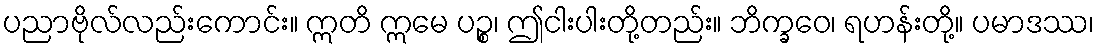
ပညာဗိုလ်လည်းကောင်း။ ဣတိ ဣမေ ပဉ္စ၊ ဤငါးပါးတို့တည်း။ ဘိက္ခဝေ၊ ရဟန်းတို့။ ပမာဒဿ၊